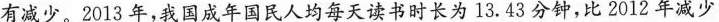
有减少。2013年，我国成年国民人均每天读书时长为13.43分钟，比2012年减少